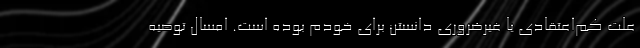
علت کم‌اعتقادی یا غیرضروری دانستن برای خودم بوده است. امسال توصیه